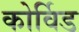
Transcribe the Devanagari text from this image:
कोर्विड